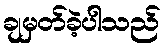
ချမှတ်ခဲ့ပါသည်